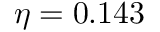
\eta = 0 . 1 4 3